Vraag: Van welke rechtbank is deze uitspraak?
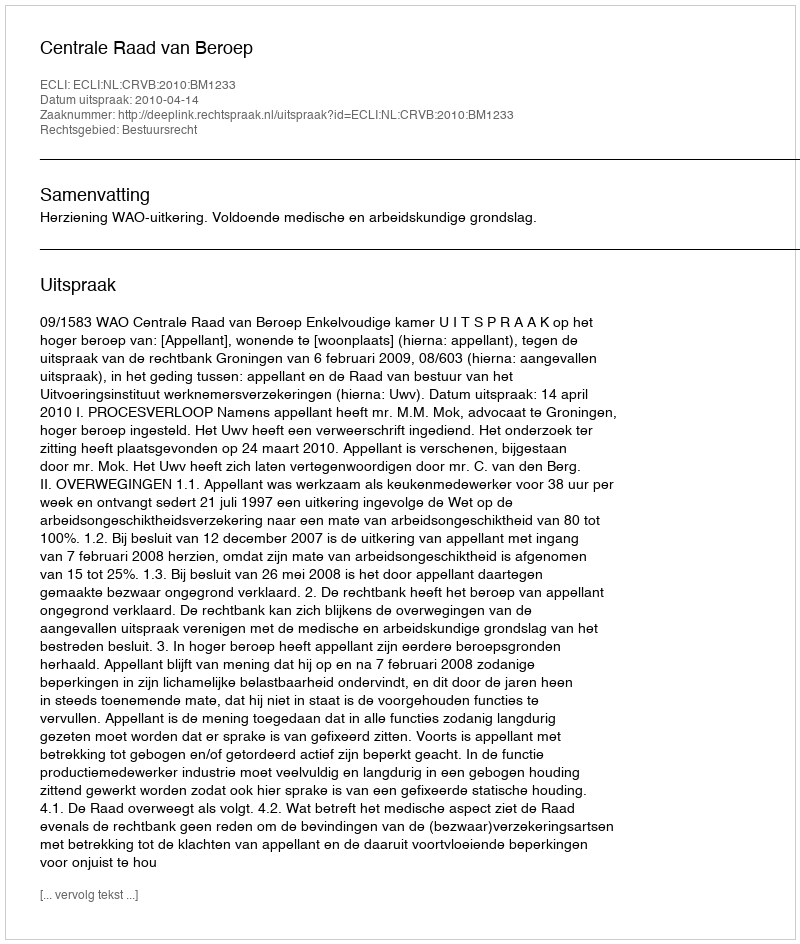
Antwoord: Centrale Raad van Beroep